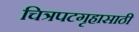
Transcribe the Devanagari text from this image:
चित्रपटगृहासाठी